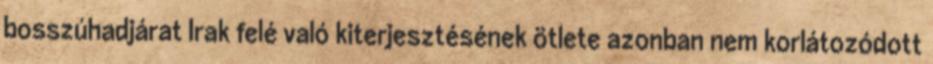
bosszúhadjárat Irak felé való kiterjesztésének ötlete azonban nem korlátozódott